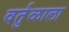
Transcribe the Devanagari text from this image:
वर्तुळाला